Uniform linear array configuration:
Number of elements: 24
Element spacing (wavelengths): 0.5
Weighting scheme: binomial
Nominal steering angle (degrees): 15
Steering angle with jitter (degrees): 16.644
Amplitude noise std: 0.05
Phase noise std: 0.05

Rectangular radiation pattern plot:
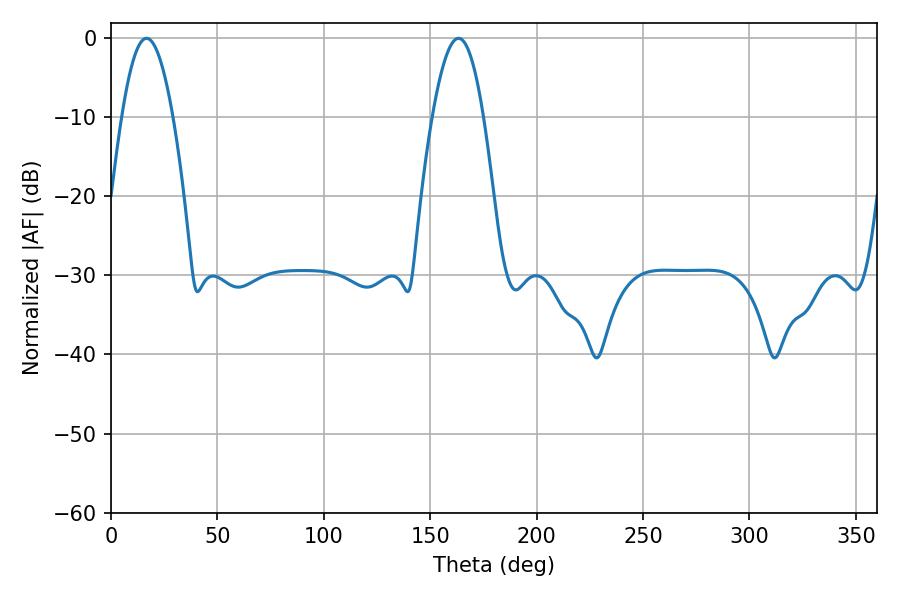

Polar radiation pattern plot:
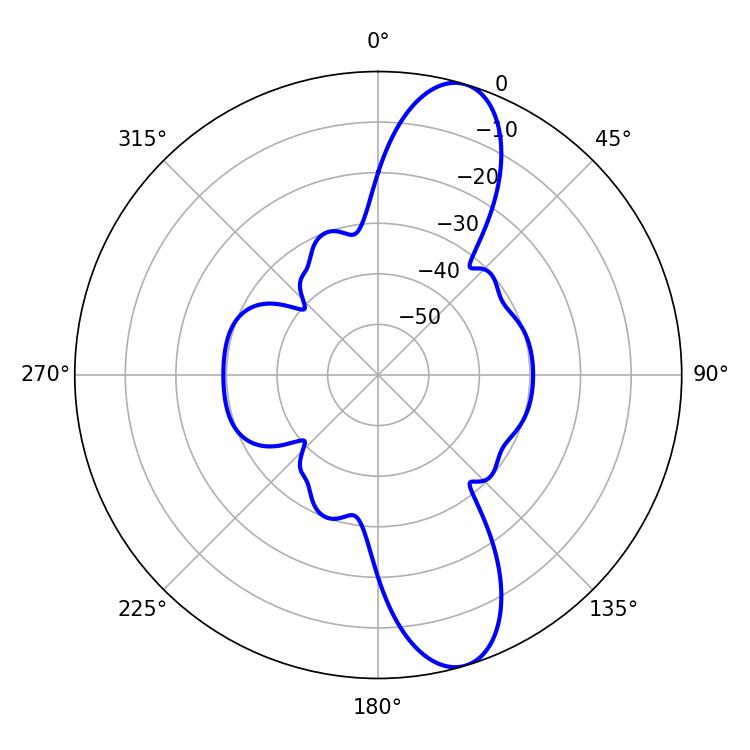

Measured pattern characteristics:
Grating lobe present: FALSE
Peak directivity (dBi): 11.471
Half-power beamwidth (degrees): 13.14
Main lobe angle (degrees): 16.74